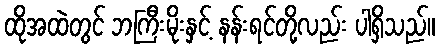
ထိုအထဲတွင် ဘကြီးမိုးနှင့် နန်းရင်တို့လည်း ပါရှိသည်။